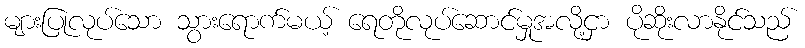
များပြုလုပ်သော သွားရောက်မယ့် ရေတိုလုပ်ဆောင်မှုအလို့ငှာ ပိုဆိုးလာနိုင်သည်